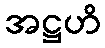
အဋ္ဌဟိ